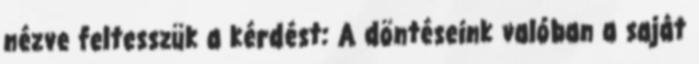
nézve feltesszük a kérdést: A döntéseink valóban a saját